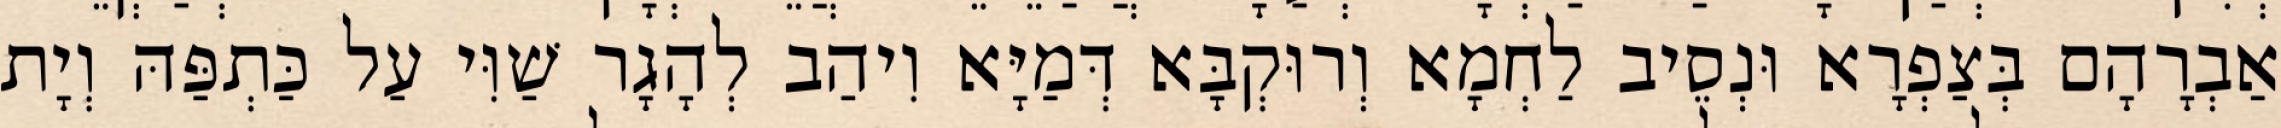
אַבְרָהָם בְּצַפְרָא וּנְסֵיב לַחְמָא וְרוּקְבָּא דְּמַיָּא וִיהַב לְהָגָר שַׁוִּי עַל כַּתְפַּהּ וְיָת